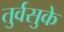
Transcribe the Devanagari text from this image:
तुर्वसुके